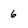
Character: 6